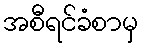
အစီရင်ခံစာမှ